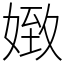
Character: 𡟹